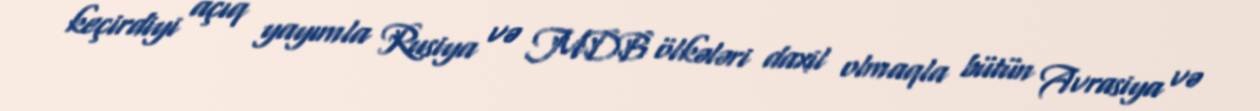
keçirdiyi açıq yayımla Rusiya və MDB ölkələri daxil olmaqla bütün Avrasiya və